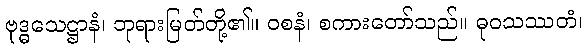
ဗုဒ္ဓသေဋ္ဌာနံ၊ ဘုရားမြတ်တို့၏။ ဝစနံ၊ စကားတော်သည်။ ဓုဝသဿတံ၊